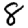
Digit: 8